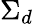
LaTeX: \Sigma_{d}